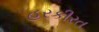
હરકીરત